Annual report of the Bengal Veterinary College and of the Civil Veterinary Department, Bengal, for the year 1909-1910 - 1909-1910
Year: 1909
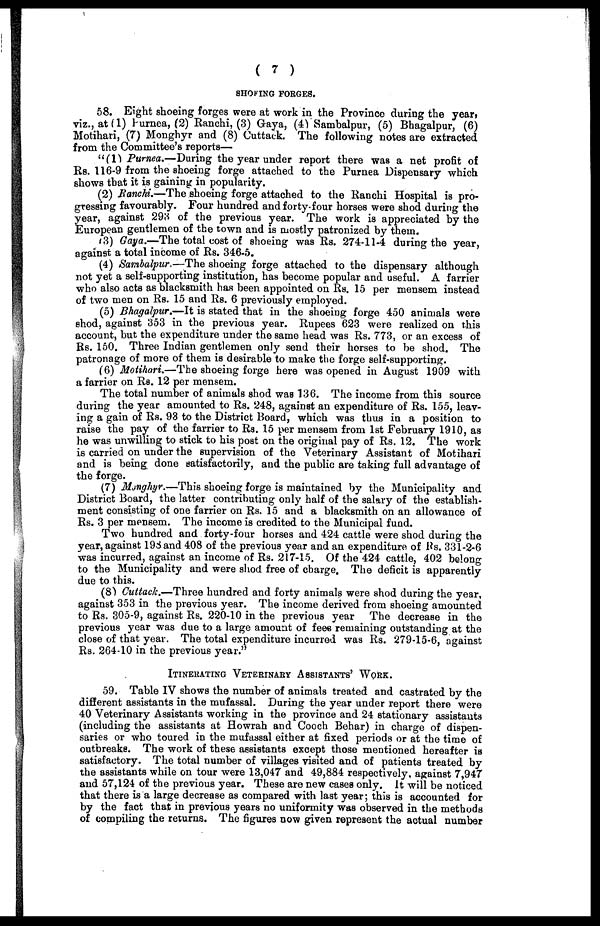
( 7 )
SHOFING FORGES.
58. Eight shoeing forges were at work in the Province during the year,
viz., at (1) Purnea, (2) Ranchi, (3) Gaya, (4) Sambalpur, (5) Bhagalpur, (6)
Motihari, (7) Monghyr and (8) Cuttack. The following notes are extracted
from the Committee's reports—
"(1) Purnea.—During the year under report there was a net profit of
Rs. 116-9 from the shoeing forge attached to" the Purnea Dispensary which
shows that it is gaining in popularity.
(2) Ranchi.—The shoeing forge attached to the Ranchi Hospital is pro-
gressing favourably. Four hundred and forty-four horses were shod during the
year, against 293 of the previous year. The work is appreciated by the
European gentlemen of the town and is mostly patronized by them.
(3) Gaya.—The total cost of shoeing was Rs. 274-11-4 during the year,
against a total income of Rs. 346-5.
(4) Sambalpur.—The shoeing forge attached to the dispensary although
not yet a self-supporting institution, has become popular and useful. A farrier
who also acts as blacksmith has been appointed on Rs. 15 per mensem instead
of two men on Rs. 15 and Rs. 6 previously employed.
(5) Bhagalpur.—It is stated that in the shoeing forge 450 animals were
shod, against 353 in the previous year. Rupees 623 were realized on this
account, but the expenditure under the same head was Rs. 773, or an excess of
Rs. 150. Three Indian gentlemen only send their horses to be shod. The
patronage of more of them is desirable to make the forge self-supporting.
(6) Motihari.—The shoeing forge here was opened in August 1909 with
a farrier on Rs. 12 per mensem.
The total number of animals shod was 136. The income from this source
during the year amounted to Rs. 248, against an expenditure of Rs. 155, leav-
ing a gain of Rs. 93 to the District Board, which was thus in a position to
raise the pay of the farrier to Rs. 15 per mensem from 1st February 1910, as
he was unwilling to stick to his post on the original pay of Rs. 12. The work
is carried on under the supervision of the Veterinary Assistant of Motihari
and is being done satisfactorily, and the public are taking full advantage of
the forge.
(7) Monghyr.—This shoeing forge is maintained by the Municipality and
District Board, the latter contributing only half of the salary of the establish-
ment consisting of one farrier on Rs. 15 and a blacksmith on an allowance of
Rs. 3 per mensem. The income is credited to the Municipal fund.
Two hundred and forty-four horses and 424 cattle were shod during the
year, against 198 and 408 of the previous year and an expenditure of Us. 331-2-6
was incurred, against an income of Rs. 217-15. Of the 424 cattle, 402 belong
to the Municipality and were shod free of charge. The deficit is apparently
due to this.
(8) Cuttack.—Three hundred and forty animals were shod during the year,
against 353 in the previous year. The income derived from shoeing amounted
to Rs. 305-9, against Rs. 220-10 in the previous year The decrease in the
previous year was due to a large amount of fees remaining outstanding at the
close of that year. The total expenditure incurred was Rs. 279-15-6, against
Rs. 264-10 in the previous year."
ITINERATING VETERINARY ASSISTANTS' WORK.
59. Table IV shows the number of animals treated and castrated by the
different assistants in the mufassal. During the year under report there were
40 Veterinary Assistants working in the province and 24 stationary assistants
(including the assistants at Howrah and Cooch Behar) in charge of dispen-
saries or who toured in the mufassal either at fixed periods or at the time of
outbreaks. The work of these assistants except those mentioned hereafter is
satisfactory. The total number of villages visited and of patients treated by
the assistants while on tour were 13,047 and 49,884 respectively, against 7,947
and 57,124 of the previous year. These are new cases only. It will be noticed
that there is a large decrease as compared with last year; this is accounted for
by the fact that in previous years no uniformity was observed in the methods
of compiling the returns. The figures now given represent the actual number